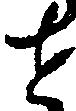
せ